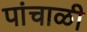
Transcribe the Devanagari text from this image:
पांचाळी